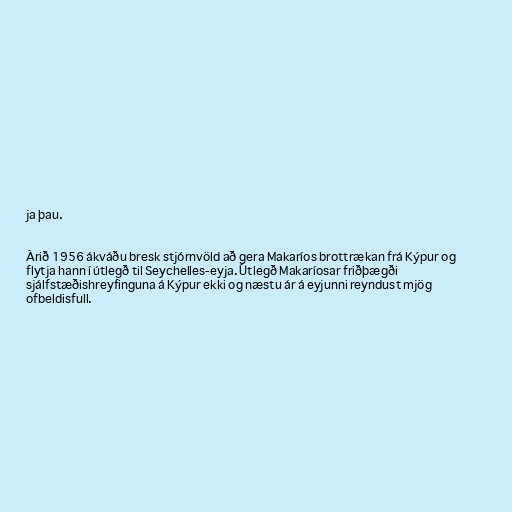
ja þau.

Árið 1956 ákváðu bresk stjórnvöld að gera Makaríos brottrækan frá Kýpur og
flytja hann í útlegð til Seychelles-eyja. Útlegð Makaríosar friðþægði
sjálfstæðishreyfinguna á Kýpur ekki og næstu ár á eyjunni reyndust mjög
ofbeldisfull.